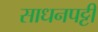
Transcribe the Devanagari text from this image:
साधनपट्टी